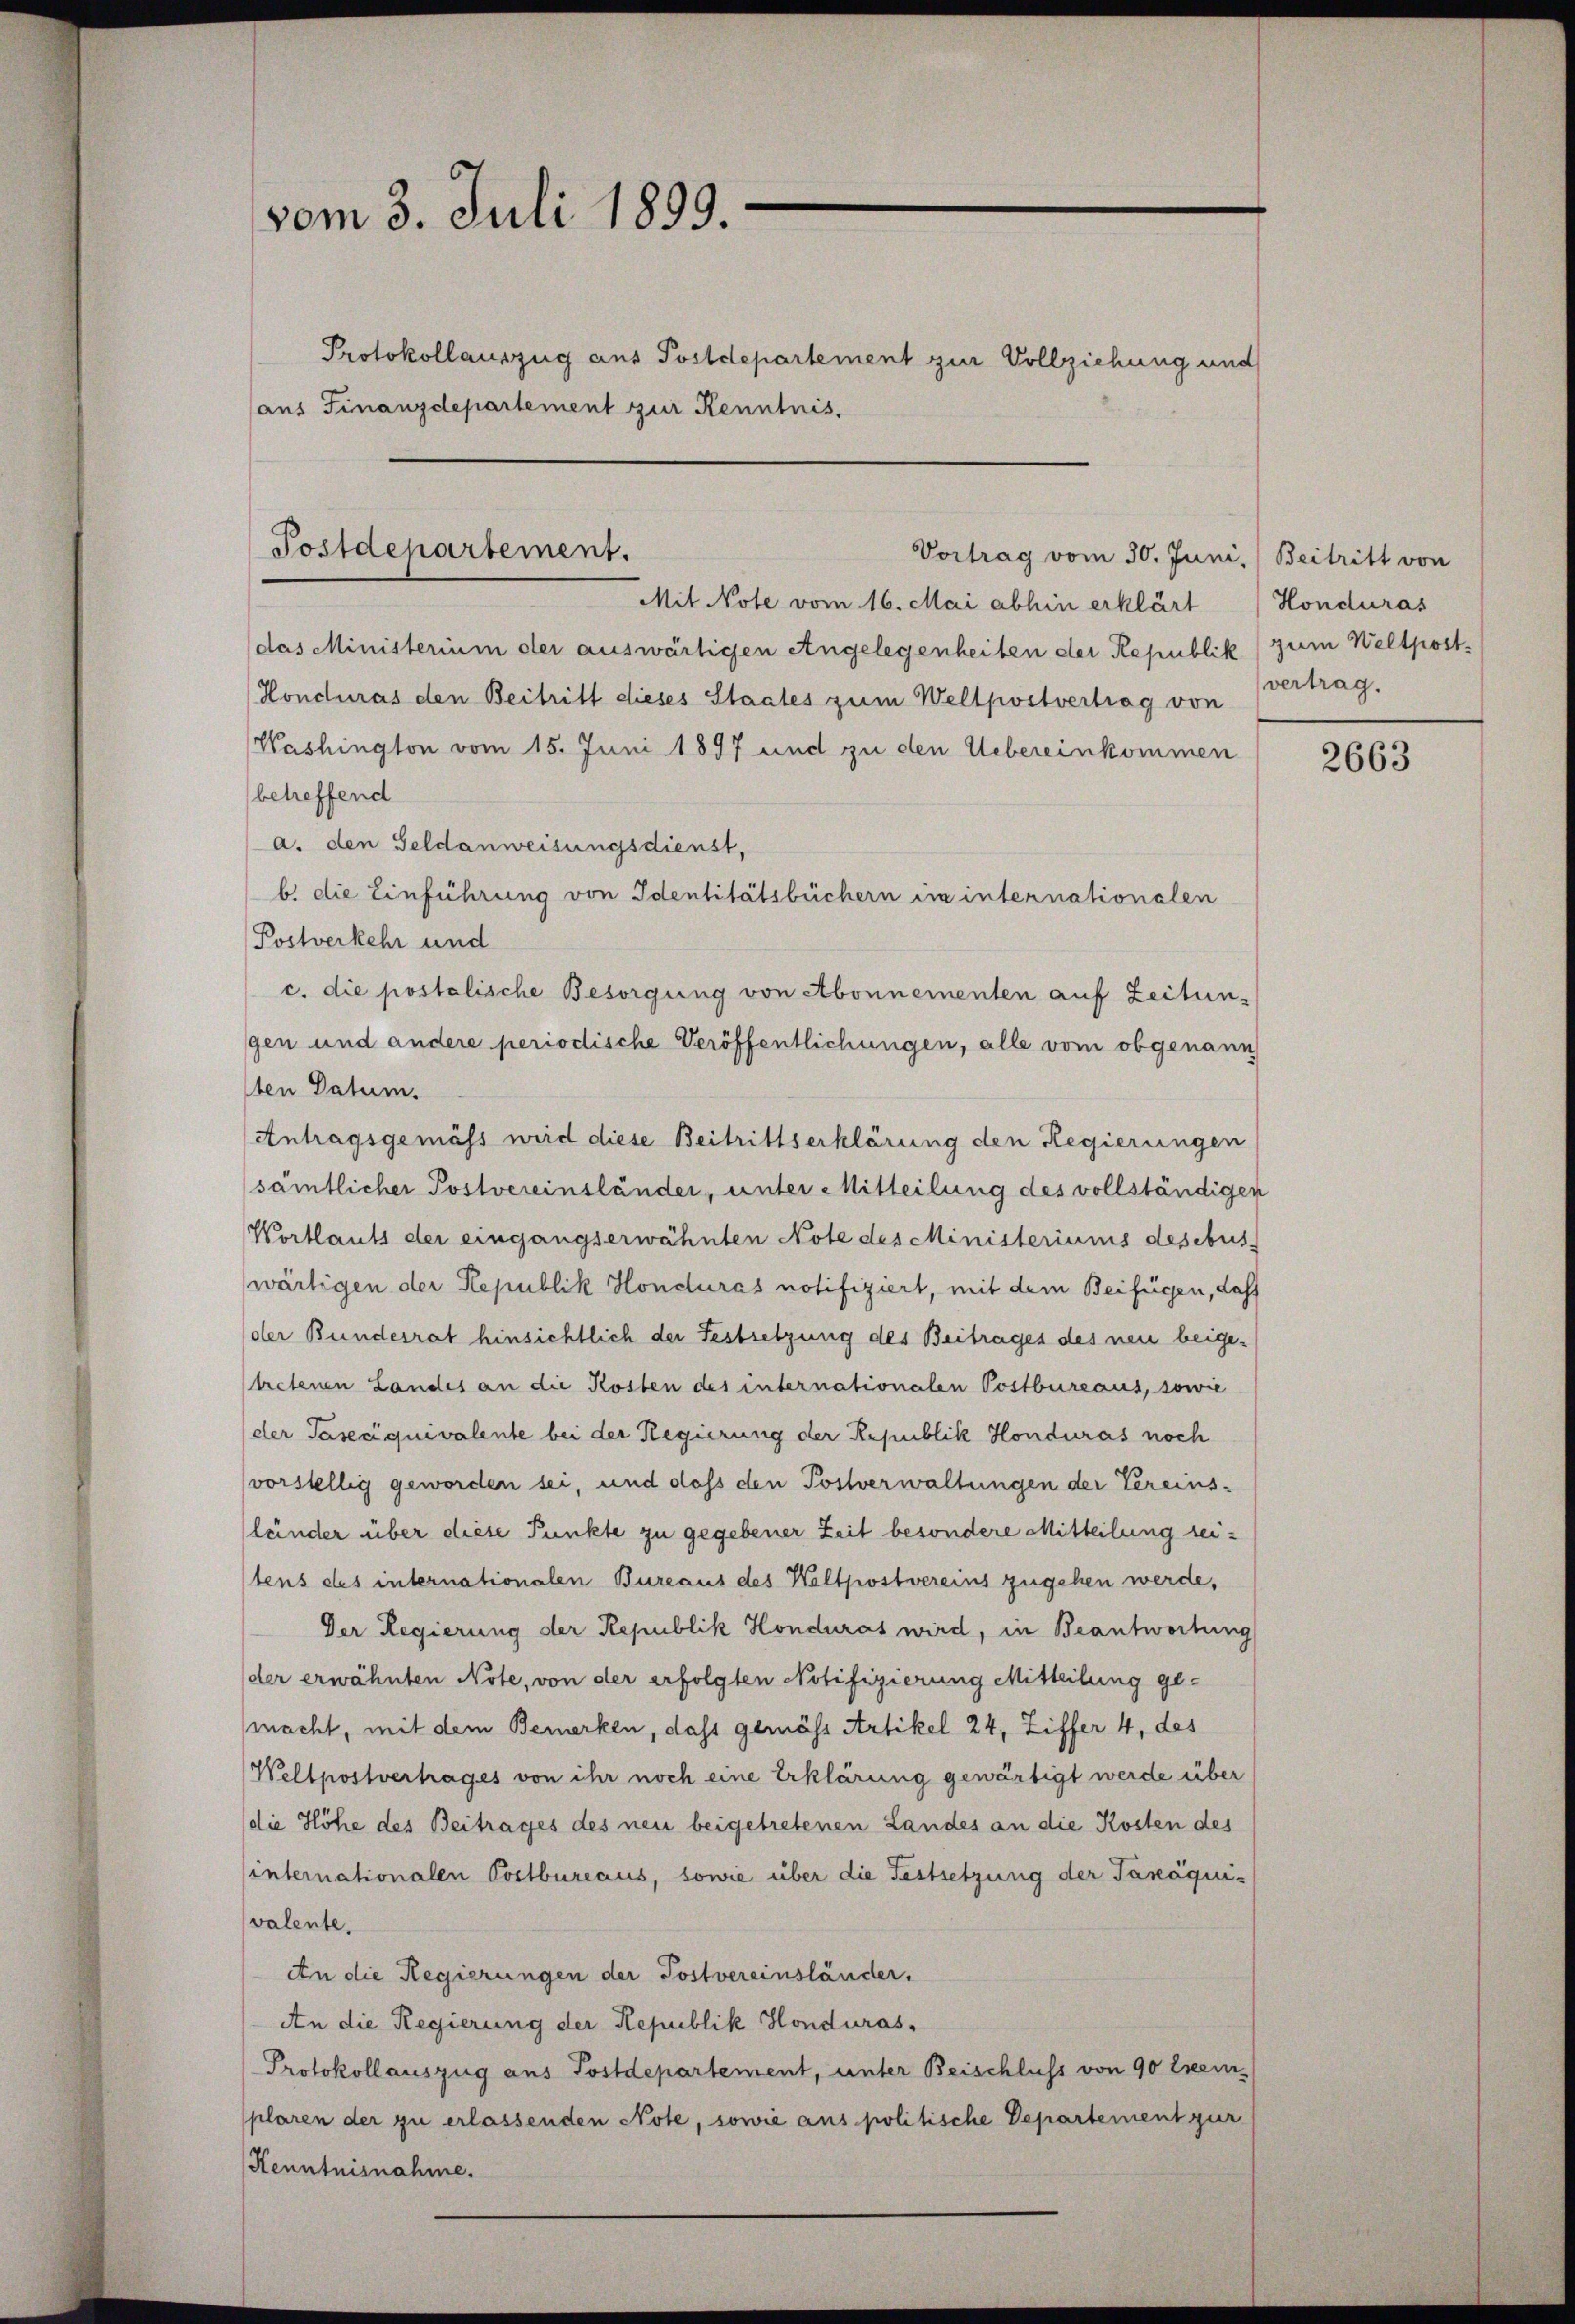
vom 3. Juli 1899.
(aus Finanzdepartement zur Kenntnis.

Protokollauszug aus Postdepartement zur Vollziehung und

Postdepartement.
Vortrag vom 30. Juni, Beitritt von

Mit Note vom 16. Mai abhin erklärt (Honduras
das Ministerium der auswärtigen Angelegenheiten der Republik zum Weltpost¬
Honduras den Beitritt dieses Staates zum Wellpostvertrag von
Washington vom 15. Juni 1897 und zu den Uebereinkommen
betreffend
a. den Geldanweisungsdienst,
b. die Einführung von Identitätsbüchern im internationalen
Postverkehr und
c. die postolische Besorgung von Abonnementen auf Zeitun-
gen und andere periodische Veröffentlichungen, alle vom obgenann
ten Datum.
Antragsgemäss wird diese Beitrittserklärung den Regierungen
sämtlicher Postvereinsländer, unter Mitteilung des vollständigen
Wortlauts der eingangserwähnten Note des Ministeriums desebus
wärtigen der Republik Honduras notifiziert, mit dem Beifügen, daß
der Bundesrat hinsichtlich der Festsetzung des Beitrages des neu beigetretenen Landes an die Kosten des internationalen Postbureaus, sowie
der Paseciquivalente bei der Regierung der Republik Honduras noch
vorstellig geworden sei, und dass den Postverwaltungen der Vereinsländer über diese Punkte zu gegebener Zeit besondere Mitteilung seitens des internationalen Bureaus des Weltpostvereins zugehen werde,
Der Regierung der Republik Hondurat wird, in Beantwortung
der erwähnten Note, von der erfolgten Notifizierung Mitteilung gemacht, mit dem Bemerken, dass gemäss Artikel 24, Ziffer 4, des
Wellpostvertrages von ihr noch eine Erklärung gewärtigt werde über
die Höhe des Beitrages des neu beigetretenen Landes an die Kosten des
internationalen Postbureaus, sowie über die Festsetzung der Taxáqui-
valente.
An die Regierungen der Postvereinsländer.
An die Regierung der Republik Honduras,
Protokollauszug aus Postdepartement, unter Beischluss von 90 Exemplaren der zu erlassenden Note, sowie aus politische Departement zur
Kenntnisnahme.

vertrag.

2663